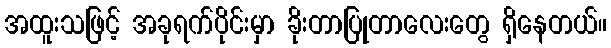
အထူးသဖြင့် အခုရက်ပိုင်းမှာ ခိုးတာပြုတာလေးတွေ ရှိနေတယ်။